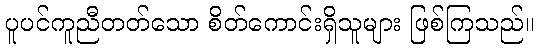
ပူပင်ကူညီတတ်သော စိတ်ကောင်းရှိသူများ ဖြစ်ကြသည်။